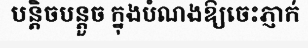
បន្តិចបន្តួច ក្នុងបំណងឱ្យចេះភ្ញាក់